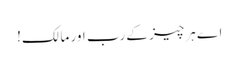
اے ہرچیز کے رب اور مالک!